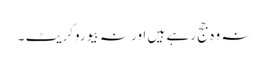
نہ وہ جج رہے ہیں اور نہ بیوروکریٹ ۔